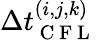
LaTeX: \Delta t_{\mathrm{~C~F~L~}}^{(i,j,k)}